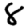
Digit: 8